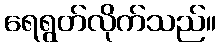
ရေရွတ်လိုက်သည်။